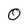
Character: O